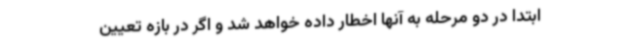
ابتدا در دو مرحله به آنها اخطار داده خواهد شد و اگر در بازه تعیین